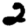
Digit: 2